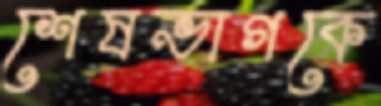
শেষভাগকে